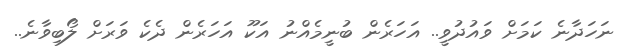
ނަހަދާނެ ކަމަށް ވައުދުވީ.. އަހަރެން ބުނީމެއްނު އަކޫ އަހަރެން ދެކެ ވަރަށް ލޯބިވާނެ..